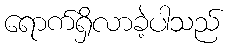
ရောက်ရှိလာခဲ့ပါသည်